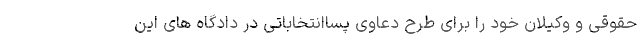
حقوقی و وکیلان خود را برای طرح دعاوی پساانتخاباتی در دادگاه های این